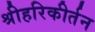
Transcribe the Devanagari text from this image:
श्रीहरिकीर्तन